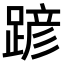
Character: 𨂪